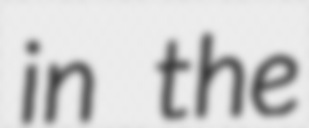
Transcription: in the